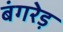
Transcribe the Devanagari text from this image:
बंगरेड़